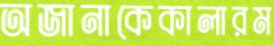
অজানাকেকালারম